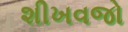
શીખવજો